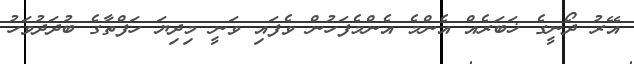
އޭރު ދޯނީގެ ޚަބަރެއް އެންމެ އެންމެފަހުން ވެފައި ވަނީ މިދިޔަ ހަފްތާގެ ބުދަދުވަހު